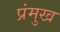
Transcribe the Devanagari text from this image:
प्रंमुख